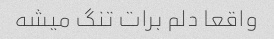
واقعا دلم برات تنگ میشه